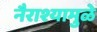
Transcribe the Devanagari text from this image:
नैराश्यामुळे